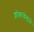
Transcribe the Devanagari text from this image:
शोकावेगाने